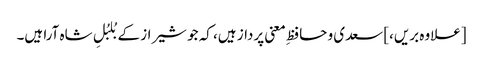
[علاوہ بریں،] سعدی و حافظِ معنی پرداز ہیں، کہ جو شیراز کے بُلبُلِ شاہ آرا ہیں۔